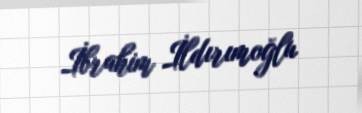
İbrahim İldırımoğlu